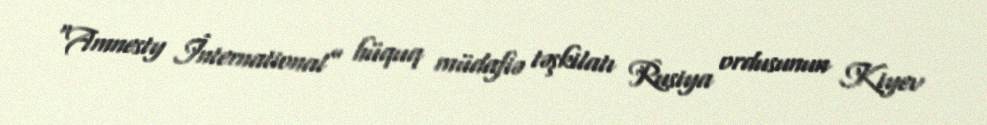
“Amnesty İnternational” hüquq müdafiə təşkilatı Rusiya ordusunun Kiyev